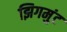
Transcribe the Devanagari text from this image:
झिगमुंट